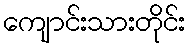
ကျောင်းသားတိုင်း